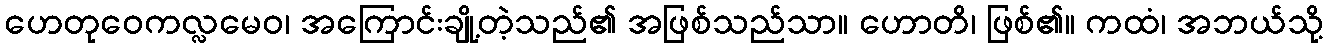
ဟေတုဝေကလ္လမေဝ၊ အကြောင်းချို့တဲ့သည်၏ အဖြစ်သည်သာ။ ဟောတိ၊ ဖြစ်၏။ ကထံ၊ အဘယ်သို့